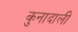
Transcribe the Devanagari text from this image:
कुनादाली